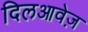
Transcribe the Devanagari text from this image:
दिलआवेज़